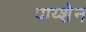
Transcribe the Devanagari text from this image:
पाय्शेन